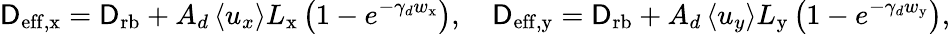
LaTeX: \mathsf{D}_{\mathrm{{eff,x}}}=\mathsf{D}_{\mathrm{{rb}}}+A_{d}\left<u_{x}\right>L_{\mathrm{{x}}}\left(1-e^{-\gamma_{d}w_{\mathrm{{x}}}}\right),\quad\mathsf{D}_{\mathrm{{eff,y}}}=\mathsf{D}_{\mathrm{{rb}}}+A_{d}\left<u_{y}\right>L_{\mathrm{{y}}}\left(1-e^{-\gamma_{d}w_{\mathrm{{y}}}}\right),